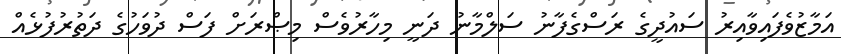
އަމާޒުވެފައިވާއިރު ސައުދީގެ ރަސްގެފާނު ސަލްމާނު ދަނީ މިހާރުވެސް މިޞްރަށް ފަސް ދުވަހުގެ ދަތުރުފުޅެއް